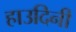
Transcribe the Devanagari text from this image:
हाउदिनी